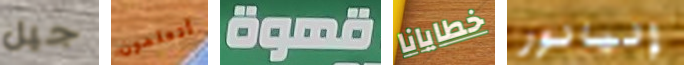
جيل أتعلمون قهوة خطايانا إليانور